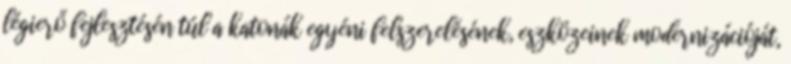
légierő fejlesztésén túl a katonák egyéni felszerelésének, eszközeinek modernizációját,